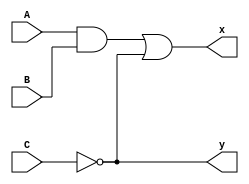
module smpl_circuit(A,B,C,x,y);
input A,B,C;
output x,y;
wire e;
and g1(e,A,B);
not g2(y,C);
or g3(x,e,y);
endmodule